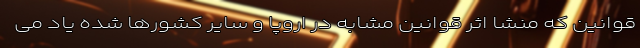
قوانین که منشا اثر قوانین مشابه در اروپا و سایر کشورها شده یاد می